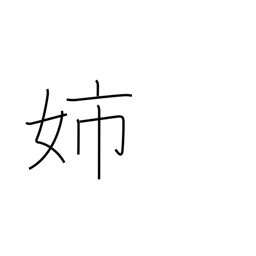
Meaning: elder sister